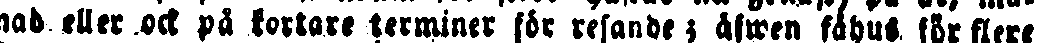
nad eller ock på kortare terminer för resande; äfwen fåhus för flere